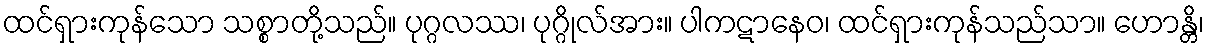
ထင်ရှားကုန်သော သစ္စာတို့သည်။ ပုဂ္ဂလဿ၊ ပုဂ္ဂိုလ်အား။ ပါကဋာနေဝ၊ ထင်ရှားကုန်သည်သာ။ ဟောန္တိ၊